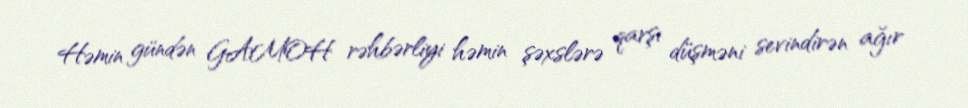
Həmin gündən GAMOH rəhbərliyi həmin şəxslərə qarşı düşməni sevindirən ağır